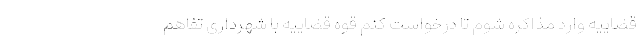
قضاییه وارد مذاکره شوم تا درخواست کنم قوه قضاییه با شهرداری تفاهم